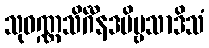
သုဝဏ္ဏသိင်္ဂီနဒဗိမ္ဗသာဒိသံ